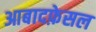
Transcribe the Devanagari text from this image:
आबादफ़ेसल